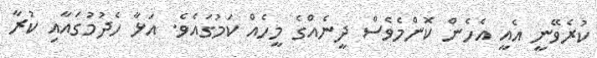
ކުރެވޭނީ އެއީ އެހެން ކޮންމެވެސް ދީނެއްގެ މީހެއް ކަމުގައެވެ. އަޅާ ހެދުމުގައާއި ކުރާ